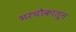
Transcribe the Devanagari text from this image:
भरचौकातून